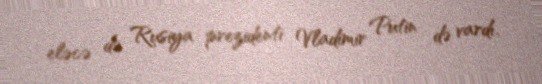
eləcə də Rusiya prezidenti Vladimir Putin də vardı.